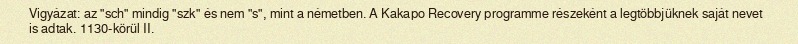
Vigyázat: az "sch" mindig "szk" és nem "s", mint a németben. A Kakapo Recovery programme részeként a legtöbbjüknek saját nevet is adtak. 1130-körül II.